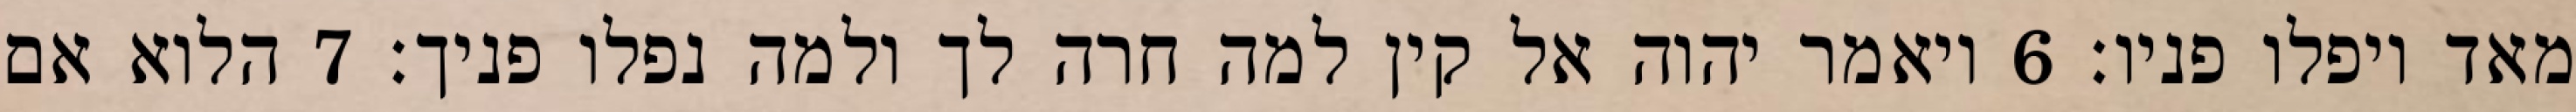
מאד ויפלו פניו׃ ‎6‏ ויאמר יהוה אל קין למה חרה לך ולמה נפלו פניך׃ ‎7‏ הלוא אם